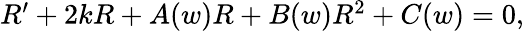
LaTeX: \begin{array}{r}{R^{\prime}+2kR+A(w)R+B(w)R^{2}+C(w)=0,}\end{array}